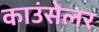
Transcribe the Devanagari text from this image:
काउंसेलर